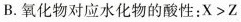
B.氧化物对应水化物的酸性：X>Z